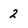
Character: 2